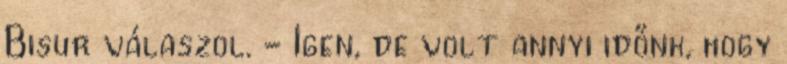
Bisur válaszol. - Igen, de volt annyi időnk, hogy